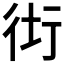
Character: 𧗥